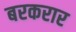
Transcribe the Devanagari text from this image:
बरकरार